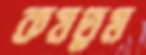
কষতুম